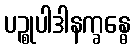
ပဉ္စုပါဒါနက္ခန္ဓေ